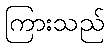
ကြားသည်